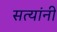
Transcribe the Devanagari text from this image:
सत्यांनी